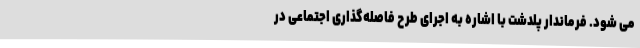
می شود. فرماندار پلدشت با اشاره به اجرای طرح فاصله‌گذاری اجتماعی در